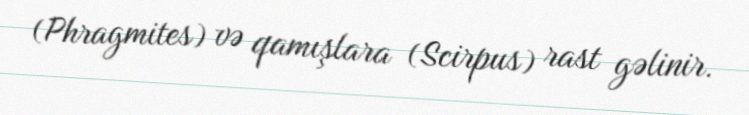
(Phragmites) və qamışlara (Scirpus) rast gəlinir.